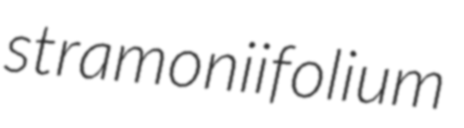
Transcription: stramoniifolium